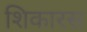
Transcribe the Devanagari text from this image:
शिकारस